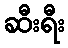
ဆီးရီး